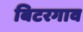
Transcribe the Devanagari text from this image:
बिटरगाव